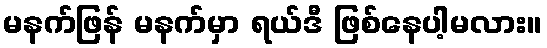
မနက်ဖြန် မနက်မှာ ရယ်ဒီ ဖြစ်နေပါ့မလား။